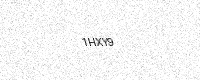
Text: 1HXY9